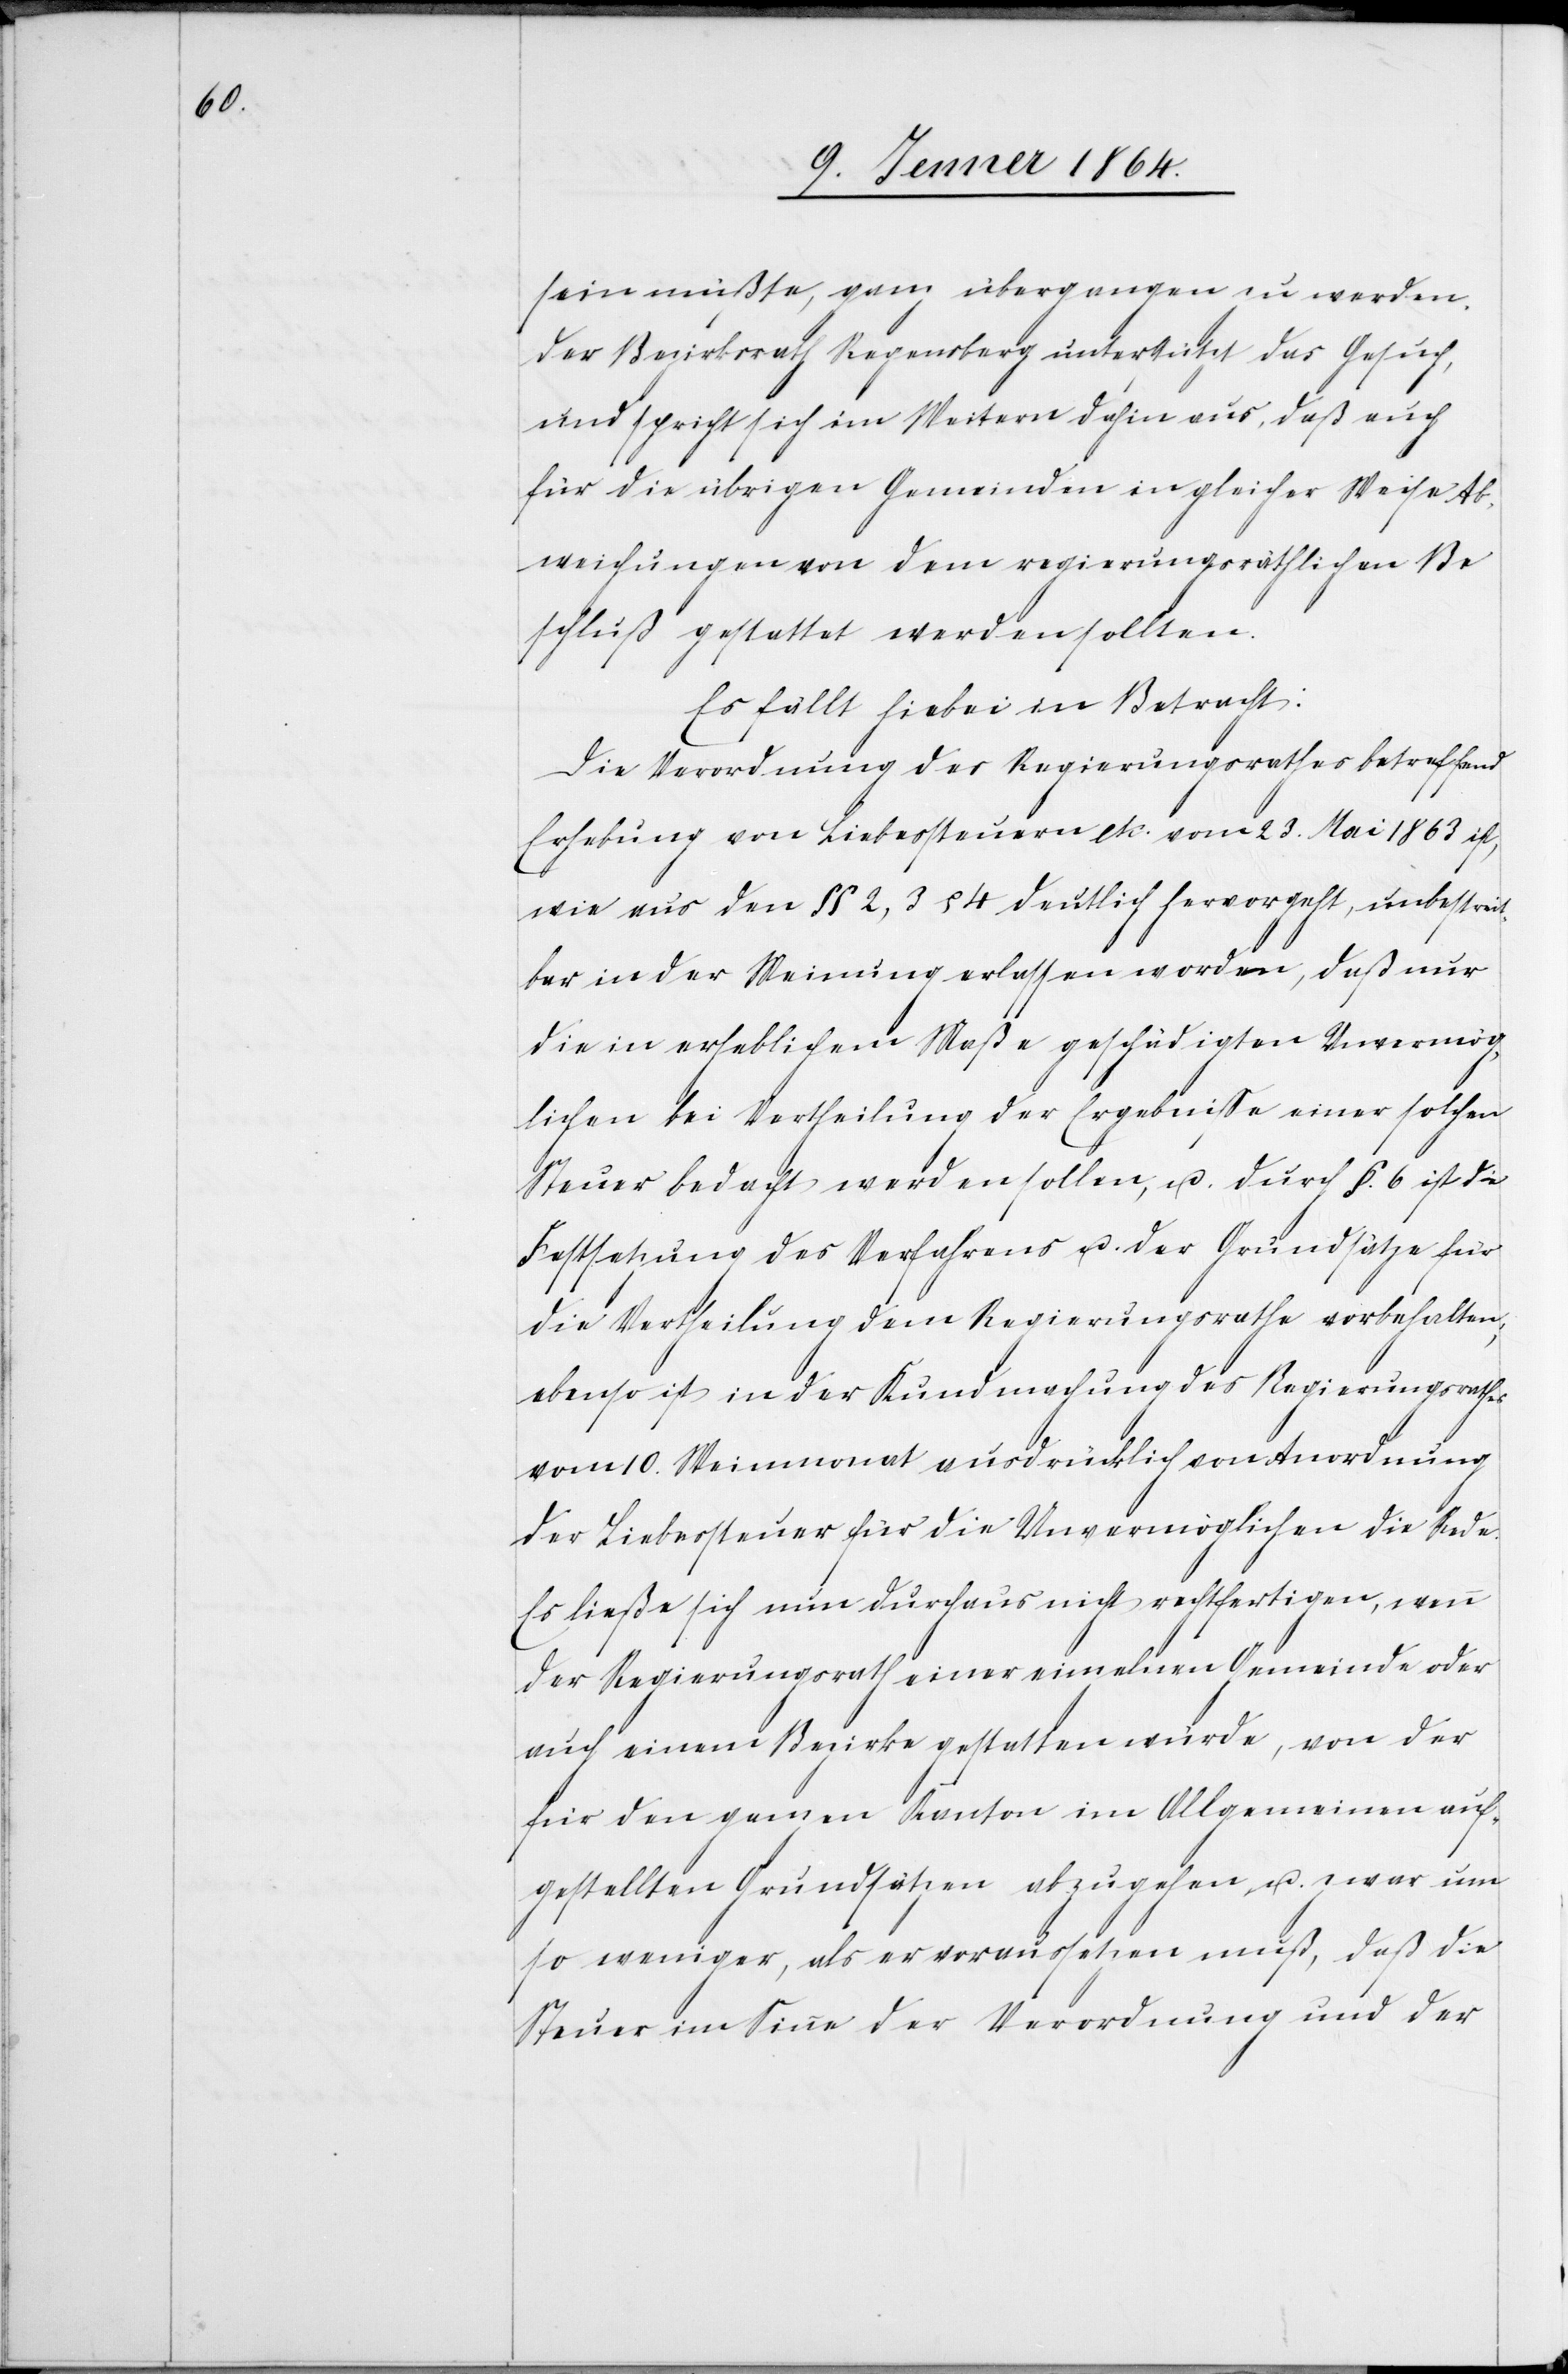
sein müßte, ganz übergangen zu werden.
Der Bezirksrath Regensberg unterstützt das Gesuch,
und spricht sich im Weitern dahin aus, daß auch
für die übrigen Gemeinden in gleicher Weise Ab¬
weichungen von dem regierungsräthlichen Be¬
schluß gestattet werden sollten.
Es fällt hiebei in Betracht:
Die Anordnung des Regierungsrathes betreffend
Erhebung von Liebessteuern etc. vom 23. Mai 1863 ist,
wie aus den §§ 2, 3 & 4 deutlich hervorgeht, unbestreit¬
bar in der Meinung erlassen worden, daß nur
die in erheblichem Maße geschädigten Unvermög¬
lichen bei Vertheilung der Ergebniße einer solchen
Steuer bedacht werden sollen, u. durch §. 6 ist die
Festsetzung des Verfahrens u. der Grundsätze für
die Vertheilung dem Regierungsrathe vorbehalten;
ebenso ist in der Kundmachung des Regierungsrathes
vom 10. Weinmonat ausdrücklich von Anordnung
der Liebessteuer für die Unvermöglichen die Rede.
Es ließe sich nun durchaus nicht rechtfertigen, wenn
der Regierungsrath einer einzelnen Gemeinde oder
auch einem Bezirke gestatten würde, von der
für den ganzen Kanton im Allgemeinen auf¬
gestellten Grundsätzen abzugehen u. zwar um
so weniger, als er voraussetzen muß, daß die
Steuer im Sinne der Verordnung und der